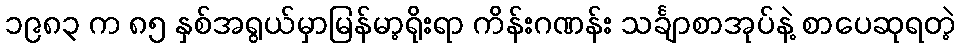
၁၉၈၃ က ၈၅ နှစ်အရွယ်မှာမြန်မာ့ရိုးရာ ကိန်းဂဏန်း သင်္ချာစာအုပ်နဲ့ စာပေဆုရတဲ့